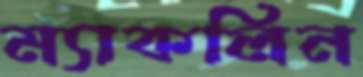
ম্যাকলিন